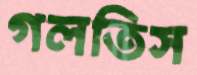
গলতিস